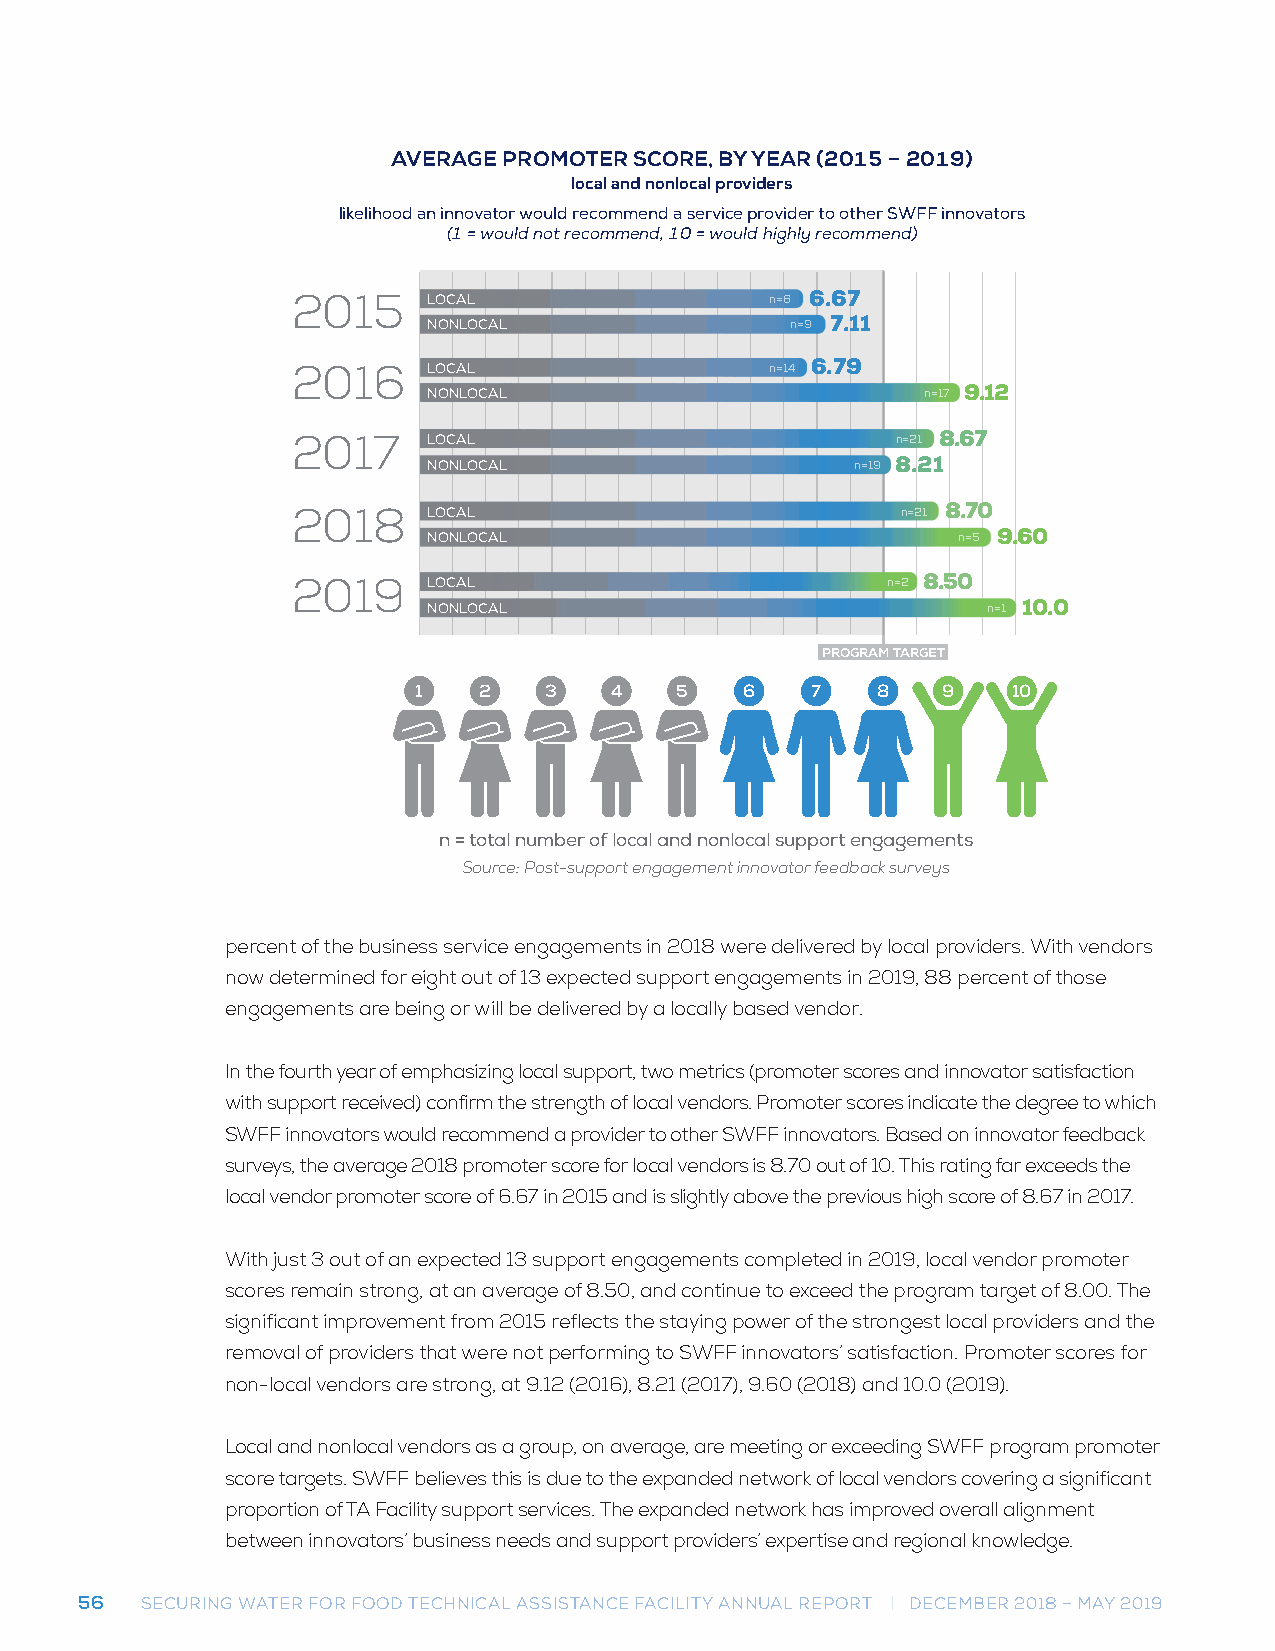
AVERAGE PROMOTER SCORE, BY YEAR (2015 - 2019)
 AVERAGE PROMOTER SCORE, BY YEAR (2015 – 2019)
 local and nonlocal providers
 local and nonlocal providers
 likelihood an innovator would recommend a service provider to other SWFF innovators
 likelihood an innovator would recommend a service provider to other SWFF innovators
 (1 = would not recommend, 10 = would highly recommend)
 (1 = would not recommend, 10 = would highly recommend)
 2015     LOCAL                  n=6 6.67
 NONLOCAL                n=9 7.11
 2016     LOCAL                  n=14 6.79
 NONLOCAL                         n=17 9.12
 2017     LOCAL                          n=21 8.67
 NONLOCAL                     n=19 8.21
 2018     LOCAL                           n=21 8.70
 NONLOCAL                           n=5 9.60
 2019     LOCAL                          n=2 8.50
 NONLOCAL                             n=1 10.0
 PROGRAM TARGET
 1   2   3   4    5   6    7   8   9    10
 n = total number of locPaRlO aMnOdT EnRo SnCloOcRaEl support engagements
 n S= otuortcael: nPuomstb-seurp opfo lrot ceanlg aangde mnoenntlo incnaol vsautpopr oferet debnagcakg seumrveeynsts
 Source: Post-support engagement; innovator feedback surveys
 percent of the business service engagements in 2018 were delivered by local providers. With vendors
 now determined for eight out of 13 expected support engagements in 2019, 88 percent of those
 engagements are being or will be delivered by a locally based vendor.
 In the fourth year of emphasizing local support, two metrics (promoter scores and innovator satisfaction
 with support received) confirm the strength of local vendors. Promoter scores indicate the degree to which
 SWFF innovators would recommend a provider to other SWFF innovators. Based on innovator feedback
 surveys, the average 2018 promoter score for local vendors is 8.70 out of 10. This rating far exceeds the
 local vendor promoter score of 6.67 in 2015 and is slightly above the previous high score of 8.67 in 2017.
 With just 3 out of an expected 13 support engagements completed in 2019, local vendor promoter
 scores remain strong, at an average of 8.50, and continue to exceed the program target of 8.00. The
 significant improvement from 2015 reflects the staying power of the strongest local providers and the
 removal of providers that were not performing to SWFF innovators’ satisfaction. Promoter scores for
 non-local vendors are strong, at 9.12 (2016), 8.21 (2017), 9.60 (2018) and 10.0 (2019).
 Local and nonlocal vendors as a group, on average, are meeting or exceeding SWFF program promoter
 score targets. SWFF believes this is due to the expanded network of local vendors covering a significant
 proportion of TA Facility support services. The expanded network has improved overall alignment
 between innovators’ business needs and support providers’ expertise and regional knowledge.
 56  SECURING WATER FOR FOOD TECHNICAL ASSISTANCE FACILITY ANNUAL REPORT | DECEMBER 2018 – MAY 2019